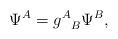
LaTeX: \begin{align*}\Psi^{A}={g^{A}}_{B}\Psi^{B},\end{align*}